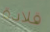
قلادة